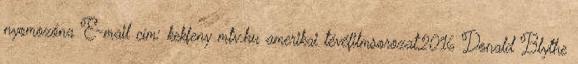
nyomozóna E-mail cím: kekfeny mtv.hu amerikai tévéfilmsorozat,2016 Donald Blythe